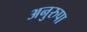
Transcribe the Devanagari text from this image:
अनुरुपा